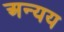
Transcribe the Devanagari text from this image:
अन्यय